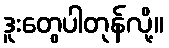
ဒူးတွေပါတုန်လို့။